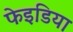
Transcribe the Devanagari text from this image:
फेइडिया